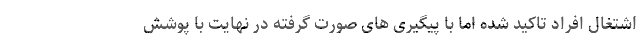
اشتغال افراد تاکید شده اما با پیگیری های صورت گرفته در نهایت با پوشش